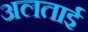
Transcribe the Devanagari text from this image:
अलताई